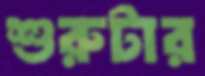
শুরুটার